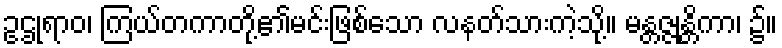
ဥဌုရာဝ၊ ကြယ်တကာတို့၏မင်းဖြစ်သော လနတ်သားကဲ့သို့။ မန္တဇ္ဇုန္တိကာ၊ ၌။